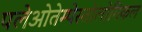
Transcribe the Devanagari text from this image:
पलेओतेम्पेस्तोलोगिकल